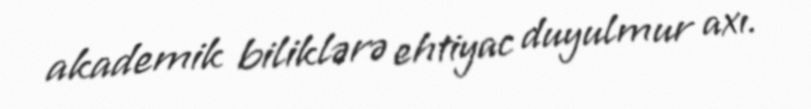
akademik biliklərə ehtiyac duyulmur axı.